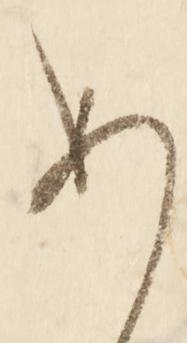
め